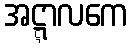
အဋ္ဋာလကေ